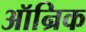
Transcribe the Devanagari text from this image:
ऑन्रिक